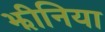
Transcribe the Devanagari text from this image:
झीनिया